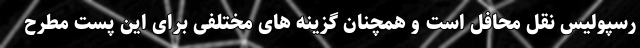
رسپولیس نقل محافل است و همچنان گزینه های مختلفی برای این پست مطرح